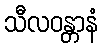
သီလဝန္တာနံ